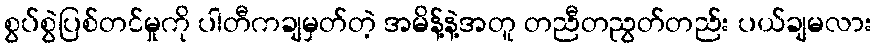
စွပ်စွဲပြစ်တင်မှုကို ပါတီကချမှတ်တဲ့ အမိန့်နဲ့အတူ တညီတညွတ်တည်း ပယ်ချမလား